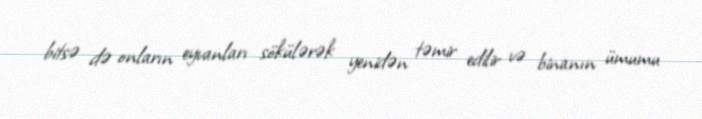
bitsə də onların eyvanları sökülərək yenidən təmir edilir və binanın ümumu